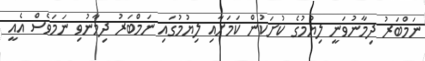
ނަމްބަރު ދިމާނުވަނީ ލިޔުމުގެ ކުށަކުން ކަމަށާއި ލިޔުމުގައި ނަމްބަރު ދިމާނުވި ނަމަވެސް އެއީ